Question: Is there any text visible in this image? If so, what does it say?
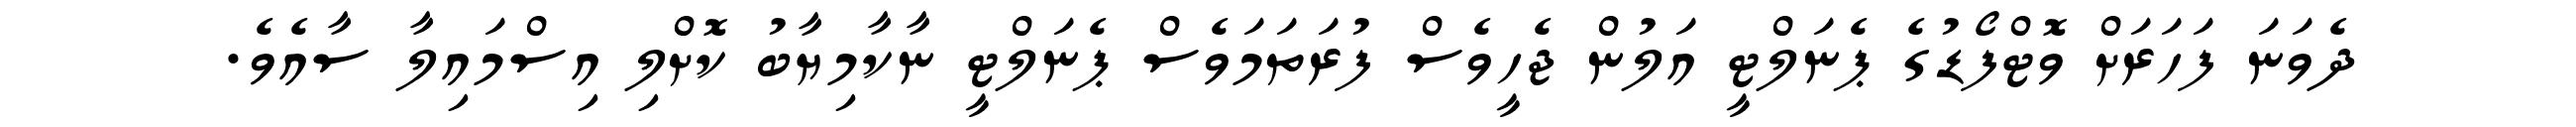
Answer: ދެވަނަ ފަހަރަށް ވޮޓްފޯޑުގެ ޕެނަލްޓީ އަލުން ޖެހީވެސް ފުރަތަމަވެސް ޕެނަލްޓީ ނާކާމިޔާބު ކޮށްލި އިސްމައިލާ ސާއެވެ.